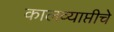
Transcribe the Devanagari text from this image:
कालव्याप्तीचे